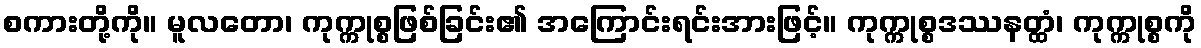
စကားတို့ကို။ မူလတော၊ ကုက္ကုစ္စဖြစ်ခြင်း၏ အကြောင်းရင်းအားဖြင့်။ ကုက္ကုစ္စဒဿနတ္ထံ၊ ကုက္ကုစ္စကို